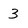
Character: 3